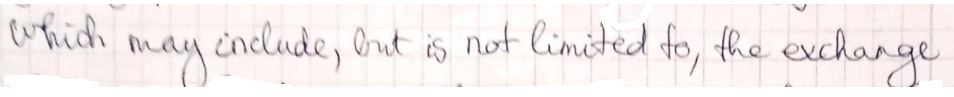
which may include, but is not limited to, the exchange